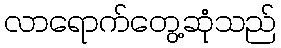
လာရောက်တွေ့ဆုံသည်